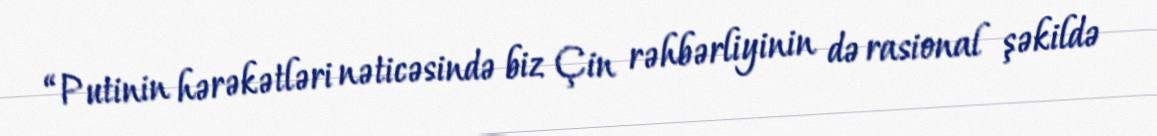
“Putinin hərəkətləri nəticəsində biz Çin rəhbərliyinin də rasional şəkildə